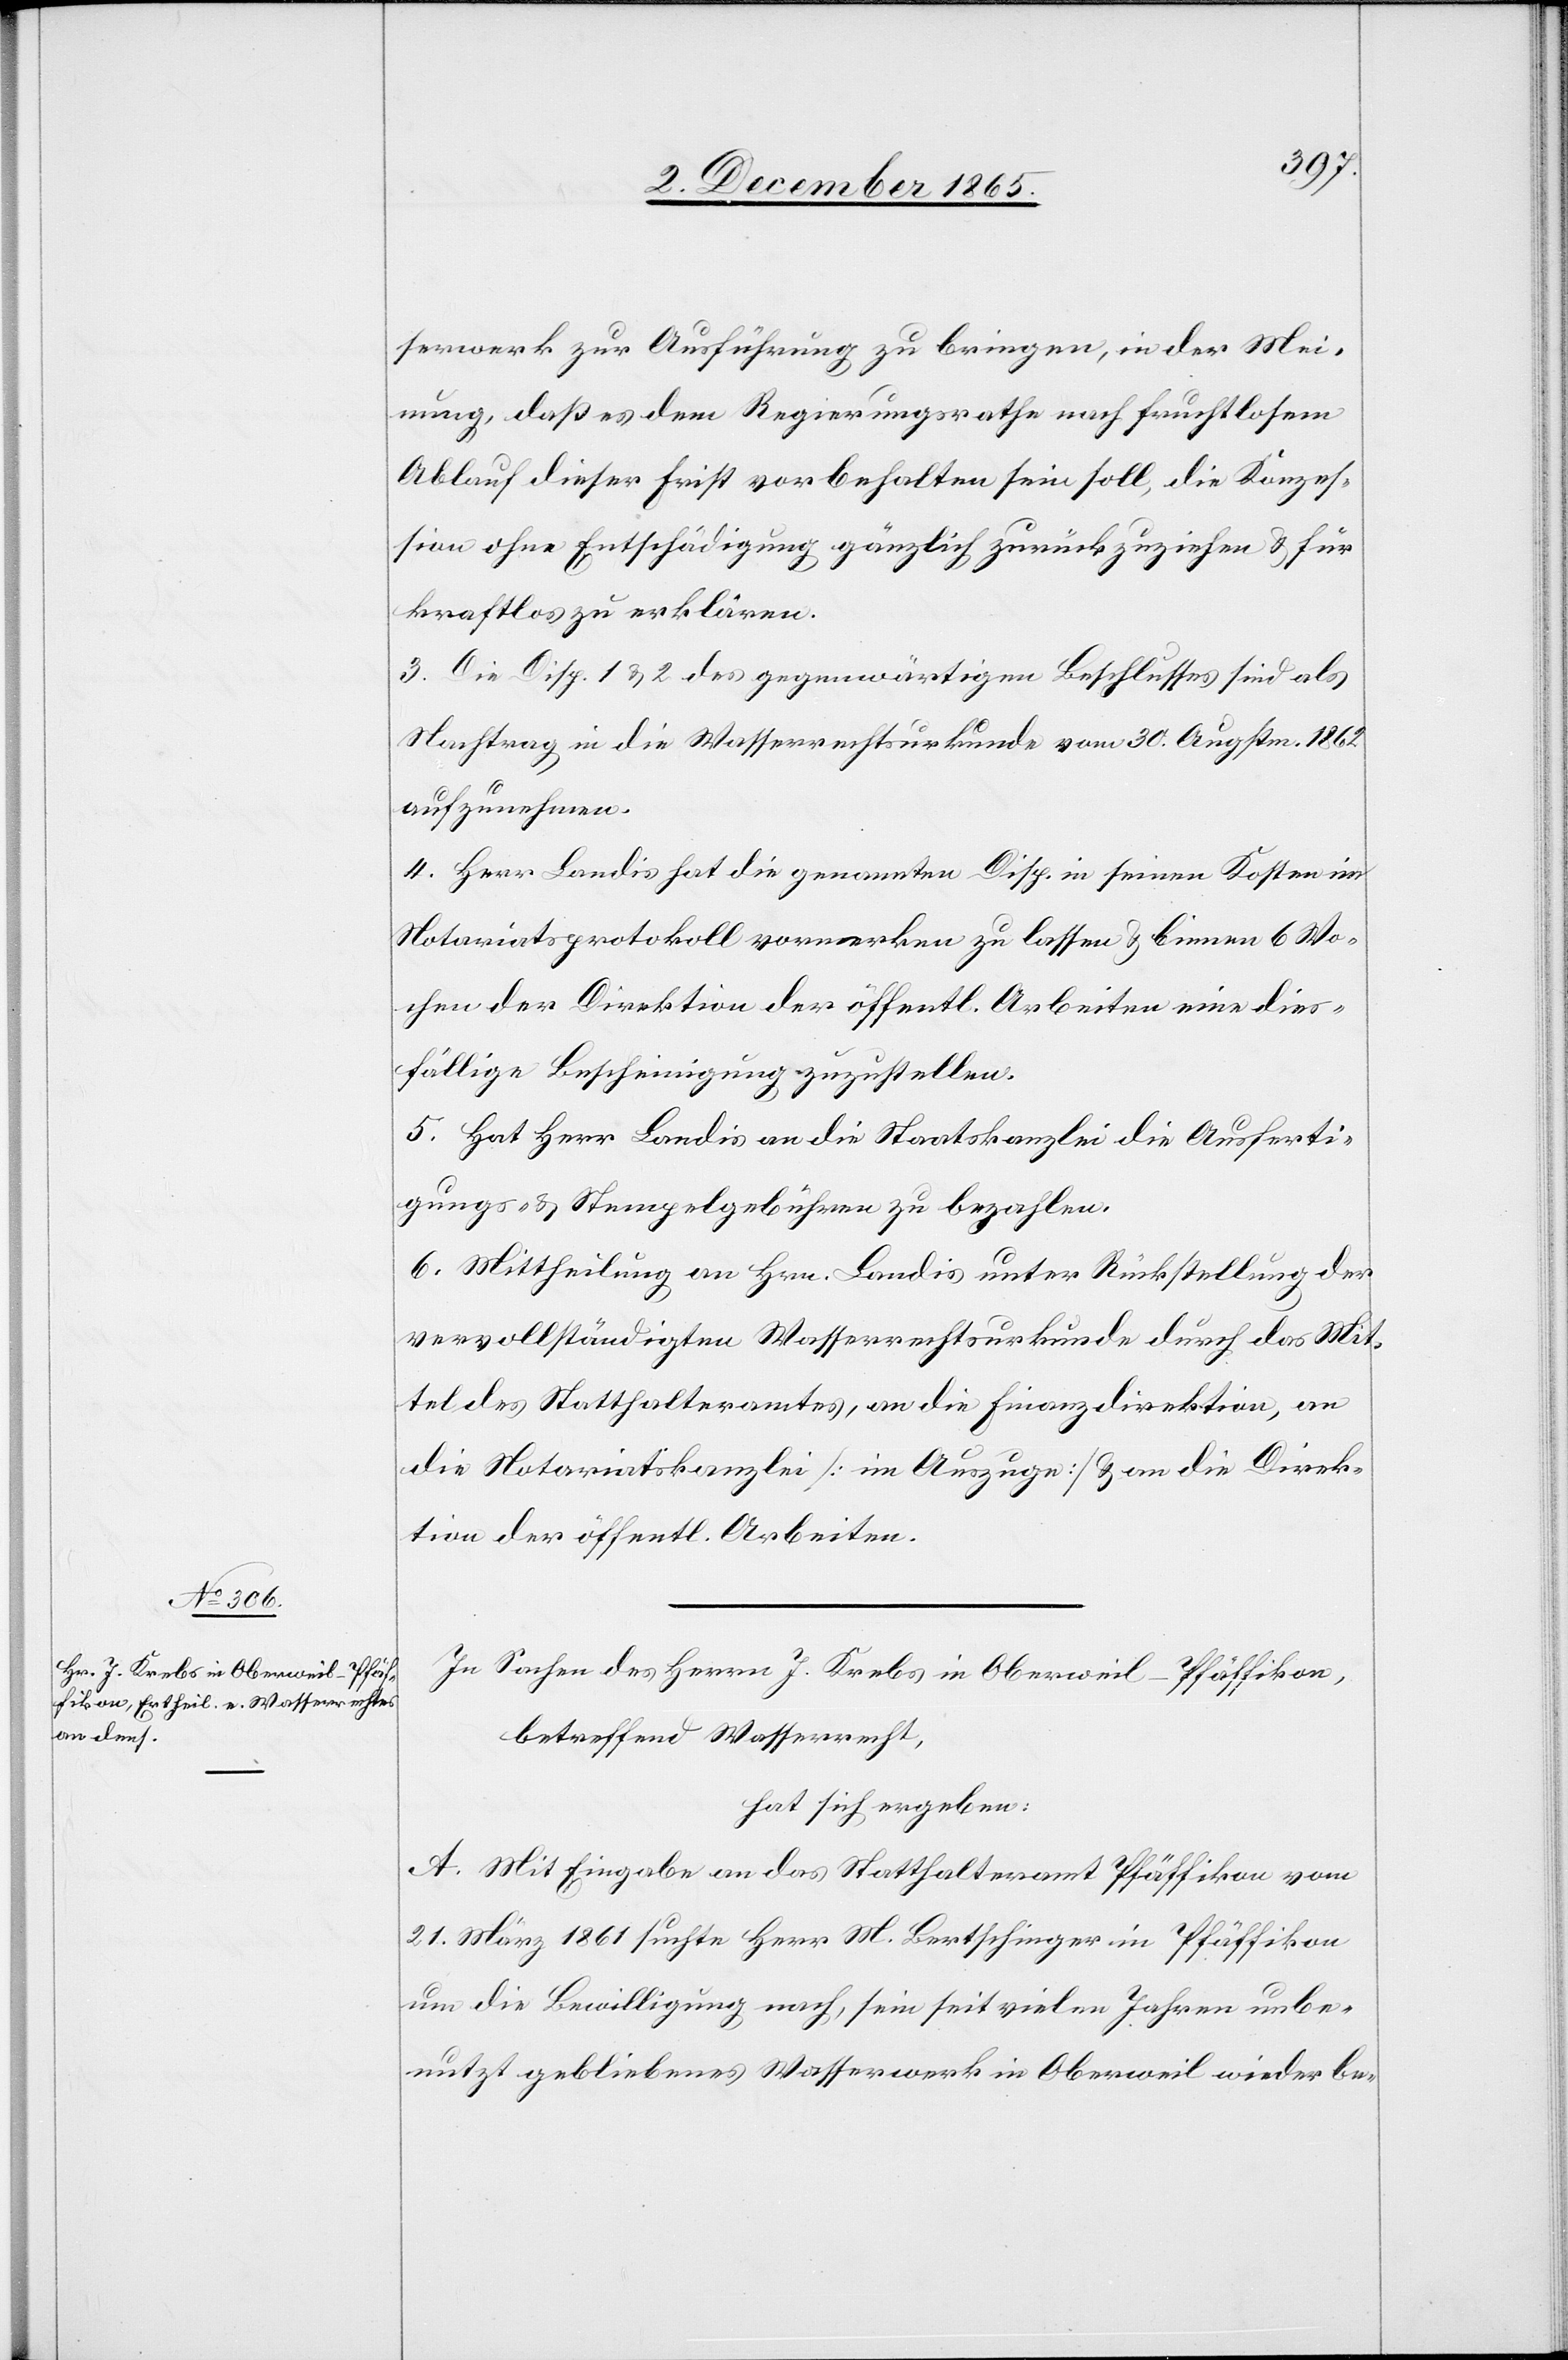
serwerk zur Ausführung zu bringen, in der Mei¬
nung, daß es dem Regierungsrathe nach fruchtlosem
Ablauf dieser Frist vorbehalten sein soll, die Konzes¬
sion ohne Entschädigung gänzlich zurückzuziehen & für
kraftlos zu erklären.
3. Die Disp. 1 & 2 des gegenwärtigen Beschlusses sind als
Nachtrag in die Wasserrechtsurkunde vom 30. Augstm. 1862
aufzunehmen.
4. Herr Landis hat die genannten Disp. in seinen Kosten im
Notariatsprotokoll vormerken zu lassen & binnen 6 Wo¬
chen der Direktion der öffentl. Arbeiten eine dies¬
fällige Bescheinigung zuzustellen.
5. Hat Herr Landis an die Staatskanzlei die Ausferti¬
gungs- & Stempelgebühren zu bezahlen.
6. Mittheilung an Hrn. Landis unter Rückstellung der
vervollständigten Wasserrechtsurkunde durch das Mit¬
tel des Statthalteramtes, an die Finanzdirektion, an
die Notariatskanzlei [im Auszuge] & an die Direk¬
tion der öffentl. Arbeiten.
In Sachen des Herrn J. Krebs in Oberweil - Pfäffikon,
betreffend Wasserrecht,
hat sich ergeben:
A. Mit Eingabe an das Statthalteramt Pfäffikon vom
21. März 1861 suchte Herr M. Bertschinger in Pfäffikon
um die Bewilligung nach, sein seit vielen Jahren unbe¬
nutzt gebliebenes Wasserwerk in Oberweil wieder be-